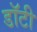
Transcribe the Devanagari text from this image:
डॉटी